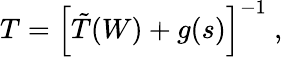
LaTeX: T=\left[\tilde{T}(W)+g(s)\right]^{-1}~,